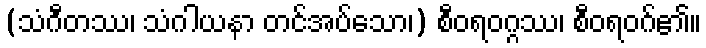
(သံဂီတဿ၊ သံဂါယနာ တင်အပ်သော၊) စီဝရဝဂ္ဂဿ၊ စီဝရဝဂ်၏။